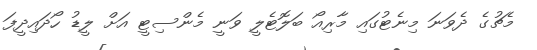
މެޗުގެ ދެވަނަ މިނެޓުގައި މާރިއޯ ބަލޮޓެލީ ވަނީ މެންސިޓީ އަށް ލީޑު ހޯދައިދީފަ